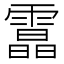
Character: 𩅟